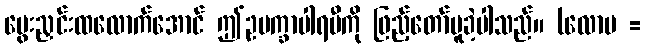
မွေးညှင်းထလောက်အောင် ဤဥပက္ခာပါရမီကို ဖြည့်တော်မူခဲ့ပါသည်။ (လောမ =